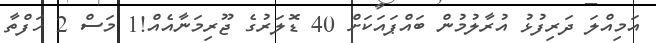
އަމިއްލަ ދަރިފުޅު އުރާލުމުން ބައްޕައަކަށް 40 ޑޮލަރުގެ ޖޫރިމަނާއެއް!1 މަސް 2 ހަފްތާ